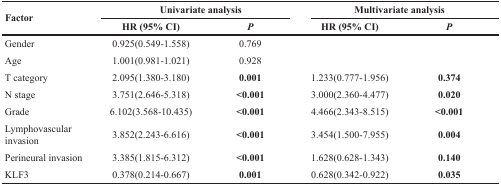
| <ROWSPAN=2> Factor | <COLSPAN=2> Univariate analysis | <COLSPAN=2> Multivariate analysis |
 | HR (95% CI) | P | HR (95% CI) | P |
 | --- | --- | --- | --- | --- |
 | Gender | 0.925(0.549-1.558) | 0.769 |  |  |
 | Age | 1.001(0.981-1.021) | 0.928 |  |  |
 | T category | 2.095(1.380-3.180) | 0.001 | 1.233(0.777-1.956) | 0.374 |
 | N stage | 3.751(2.646-5.318) | <0.001 | 3.000(2.360-4.477) | 0.020 |
 | Grade | 6.102(3.568-10.435) | <0.001 | 4.466(2.343-8.515) | <0.001 |
 | Lymphovascular invasion | 3.852(2.243-6.616) | <0.001 | 3.454(1.500-7.955) | 0.004 |
 | Perineural invasion | 3.385(1.815-6.312) | <0.001 | 1.628(0.628-1.343) | 0.140 |
 | KLF3 | 0.378(0.214-0.667) | 0.001 | 0.628(0.342-0.922) | 0.035 |